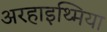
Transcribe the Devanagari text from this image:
अरहाइथ्मिया